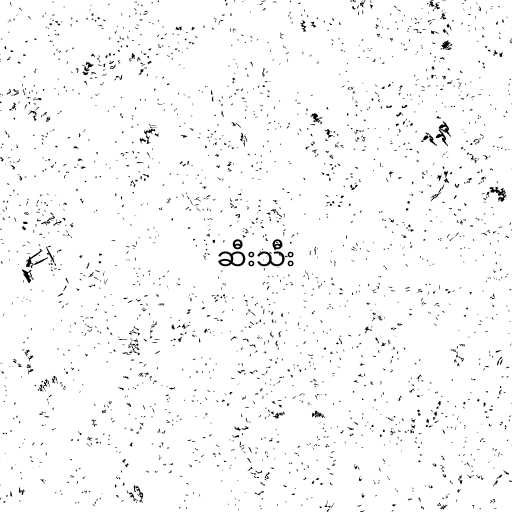
ဆီးသီး